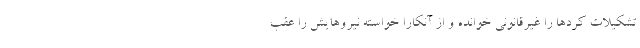
تشکیلات کردها را غیرقانونی خوانده و از آنکارا خواسته نیروهایش را عقب